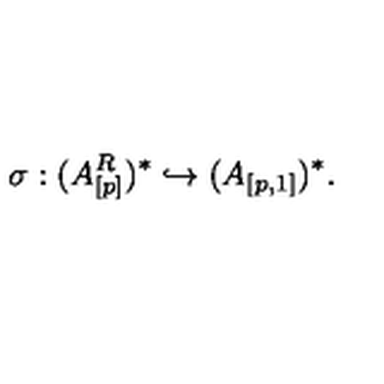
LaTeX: \sigma : ( A _ { [ p ] } ^ { R } ) ^ { * } \hookrightarrow ( A _ { [ p , 1 ] } ) ^ { * } .